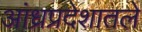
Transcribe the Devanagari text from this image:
आंध्रप्रदेशातले